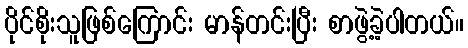
ပိုင်စိုးသူဖြစ်ကြောင်း မာန်တင်းပြီး စာဖွဲ့ခဲ့ပါတယ်။